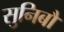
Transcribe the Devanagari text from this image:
सुनिबौ